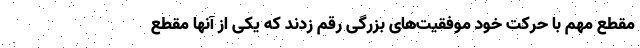
مقطع مهم با حرکت خود موفقیت‌های بزرگی رقم زدند که یکی از آنها مقطع